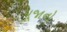
પૂજાનો